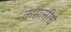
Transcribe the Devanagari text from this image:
कसलीच